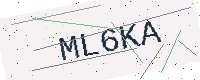
Text: ML6KA